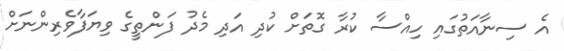
އެ ސިނާއަތުގައި ހިއްސާ ކުރާ ގޮތަށް ކުދި އަދި މެދު ފަންތީގެ ވިޔަފާވެރިންނަށް